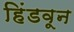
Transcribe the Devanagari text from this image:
हिंडवून